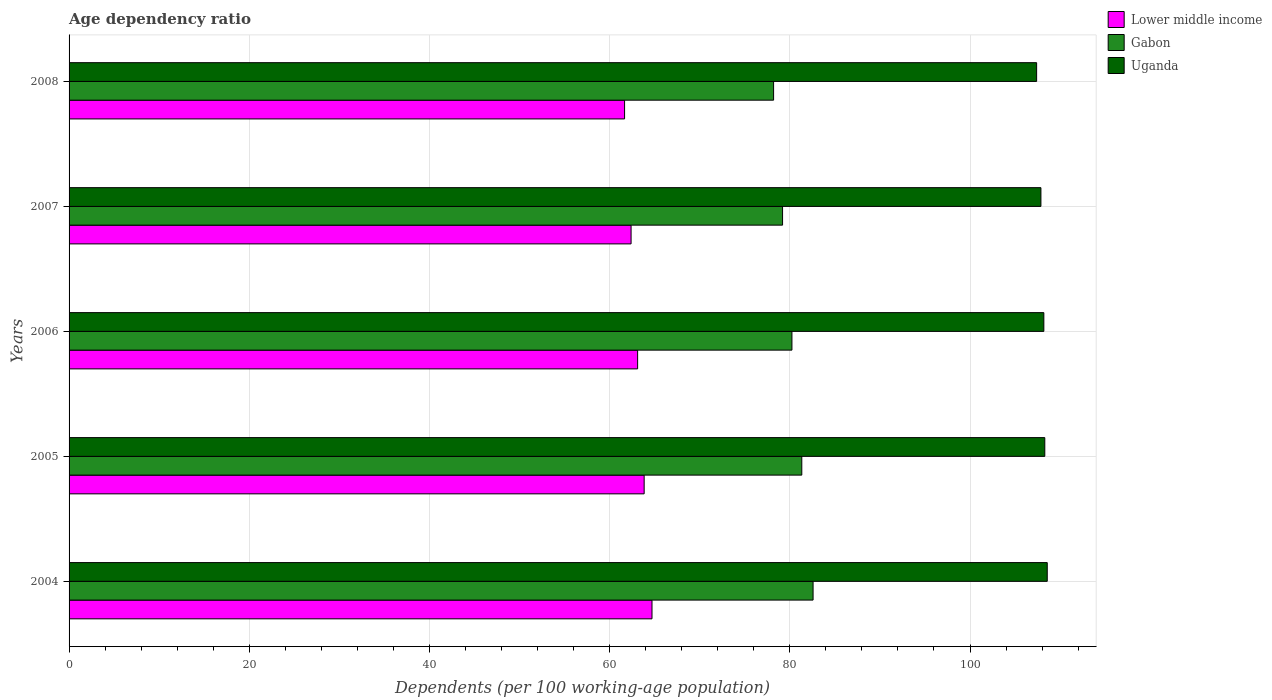
| Years | Lower middle income | Gabon | Uganda |
 | --- | --- | --- | --- |
 | 2004 | 64.7 | 82.6 | 109 |
 | 2005 | 63.8 | 81.3 | 108 |
 | 2006 | 63.1 | 80.2 | 108 |
 | 2007 | 62.4 | 79.2 | 108 |
 | 2008 | 61.7 | 78.2 | 107 |